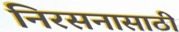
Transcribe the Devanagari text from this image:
निरसनासाठी